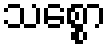
သစ္စော